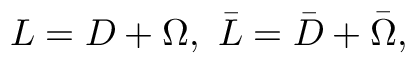
{ \cal L } = D + \Omega , \, \, \bar { \cal L } = \bar { D } + \bar { \Omega } ,